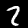
Digit: 2